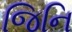
જિનિ